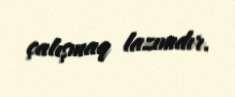
çalışmaq lazımdır.